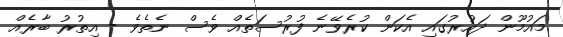
މައުމޫން ދައުރުގައި އެކަން ކުރެވޭނެ ފުރުސަތެއް ވެސް ނެތެވެ - އިތުރު ބާރެއް